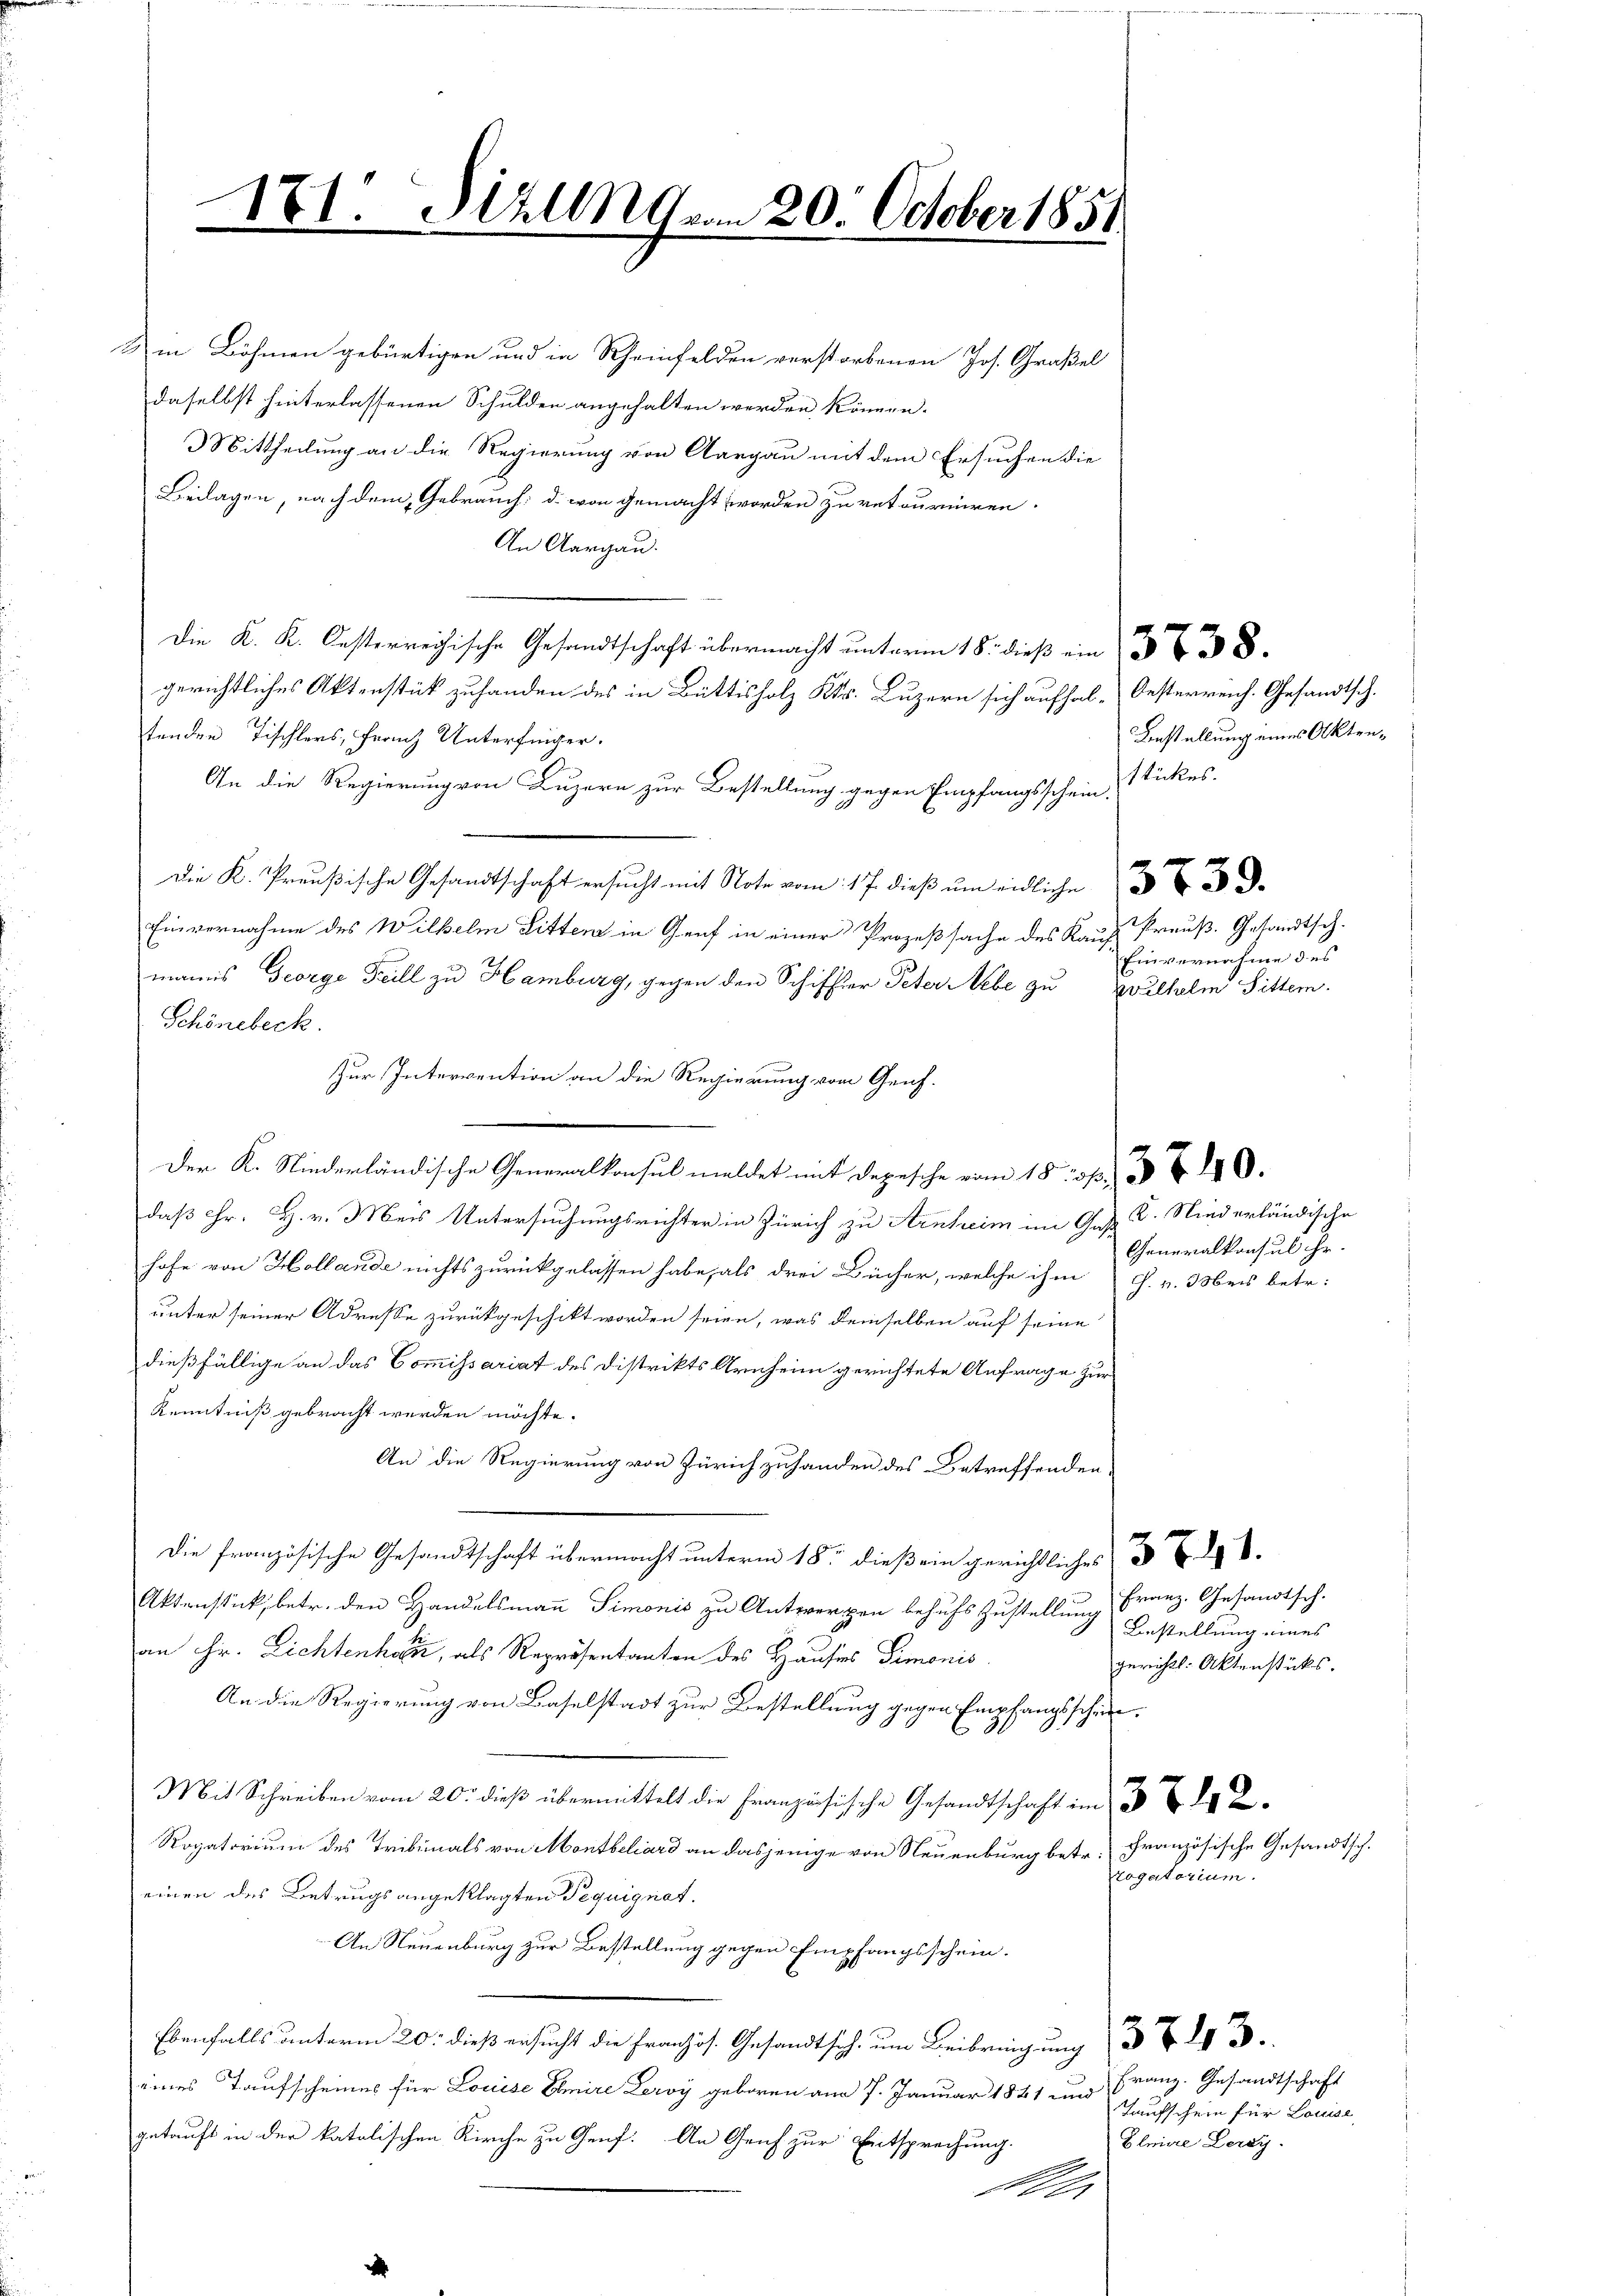
1

7

1. Stall vom 20. October 1851

& in Böhmen gebürtigen und in Rheinfelden verstorbenen Jos. Großel
daselbst hinterlassenen Schulden angehalten werden können.
Mittheilung an die Regierung von Aargau mit dem Ersuchen die
Beilagen, nach dem Gebrauch: d. von gemacht worden zu retourniren.
An Aargau.
 ich Gesandtschaft übermacht unterm 18. dieß ein
gerichtliches Aktenstück zuhanden des in Büttisholz Kts. Luzern sich aufhal-Oesterreich. Gesandtsch.
tenden Tischlers, Franz Unterfinger.
An die Regierung von Luzern zur Bestellung gegen Empfangsschein Stückes.
Die K. Preußische Gesandtschaft ersucht mit Note vom 17. dieß um eidliche
Einvernahme des Wilhelm Litten in Genf in einer Prozeßsache des Kauf-
manns George Teill zu Hamburg, gegen den Schiffer Peter Nebe zu Zvulhelm Sitter.
Schönebeck.
Zur Intervention an die Regierung vom Genf.
Der K. Niederländische Generalkonsul meldet mit Depesche vom 18. 330.
daß Hr. H. v. Meis Untersuchungsrichter in Zürich zu Arnheim im Gast. V. Niederländische
hofe von Hollande nichts zurückgelassen habe, als drei Bücher, welche ihm s. v. Meis betr.
unter seiner Adresse zurückgeschickt worden seien, was demselben auf seine
dießfällige an das Commissariat des Distrikts Arnheim gerichtete Anfrage zur
Kenntniß gebracht werden möchte.
An die Regierung von Zürich zuhanden des Betreffenden,
Die französische Gesandtschaft übermacht unterm 18ten dieß ein gerichtliches
Aktenstück, betr. den Handelsmann Simonis zu Antwerpen behufs Zustellung Franz. Gesandtsch.
an Hr. Lichtenhaus, als Repräsentanten des Hauses Simonis
An die Regierung von Baselstadt zur Bestellung gegen Empfangsschen¬
Mit Schreiben vom 20. dieß übermittelt die Französische Gesandtschaft im 13. 2
Rogatorium des Tribunals von Montbeliard an dasjenige von Neuenburg betr. Französische Gesandtsch.
einen des Betrugs angeklagten Pequignat.
An Neuenburg zur Bestellung gegen Empfangsschein.
Ebenfalls unterm 20. dieß ersucht die Französ. Gesandtsch, um Beibringung
eines Taufscheines für Louise Ehmire Leroy geboren am 7. Januar 1841 und Franz. Gesandtschaft
getauft in der katalischen Kirche zu Genf. An Genf zur Entsprechung.
An

Bestellung eines Akten¬

Preuß. Gesandtsch.
Einvernahme des

Generalkonsul hr.

Bestellung eines
gerichts: Aktenstücks.

rogatorium.

Taufschein für Louise
Glmiae Leray.